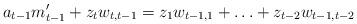
LaTeX: \begin{align*}a_{t - 1} m'_{t - 1} + z_t w_{t, t - 1} = z_1 w_{t - 1, 1} + \ldots + z_{t - 2} w_{t - 1, t - 2}\end{align*}